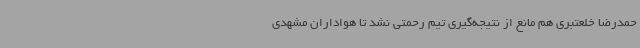
حمدرضا خلعتبری هم مانع از نتیجه‌گیری تیم رحمتی نشد تا هواداران مشهدی